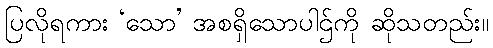
ပြလိုရကား ‘သော’ အစရှိသောပါဌ်ကို ဆိုသတည်း။